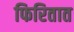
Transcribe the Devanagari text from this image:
फिरितात